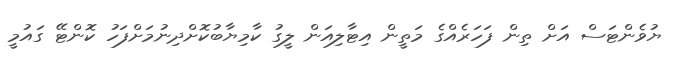
ޔުވެންޓަސް އަށް ތިން ފަހަރެއްގެ މަތީން އިޓާލިއަން ލީގު ކާމިޔާބުކޮށްދިނުމަށްފަހު ކޮންޓޭ ގައުމީ